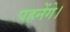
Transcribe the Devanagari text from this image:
पहनेंगे।